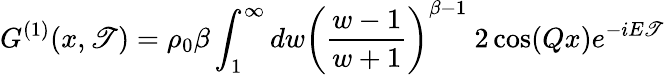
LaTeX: G^{(1)}(x,\mathscr{T})=\rho_{0}\beta\int_{1}^{\infty}dw\left({\frac{{w-1}}{{w+1}}}\right)^{\beta-1}\ 2\cos(Qx)e^{-iE\mathscr{T}}